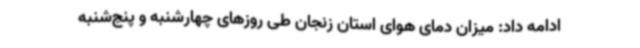
ادامه داد: میزان دمای هوای استان زنجان طی روزهای چهارشنبه و پنج‌شنبه